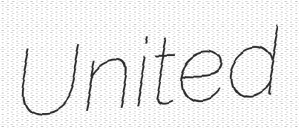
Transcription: United